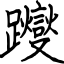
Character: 躞